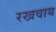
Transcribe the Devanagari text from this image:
रखवाय